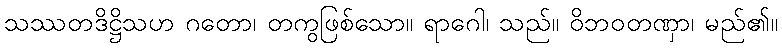
သဿတဒိဋ္ဌိသဟ ဂတော၊ တကွဖြစ်သော။ ရာဂေါ၊ သည်။ ဝိဘဝတဏှာ၊ မည်၏။